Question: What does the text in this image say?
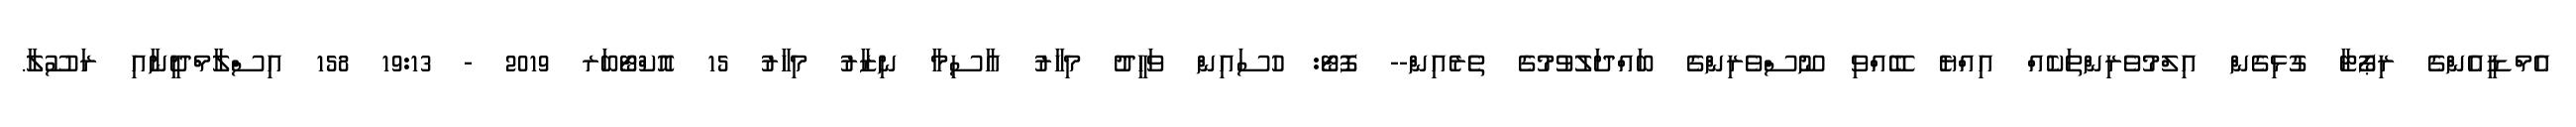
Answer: އެމްޑީއެންގެ ރިޕޯޓާ ގުޅިގެން އިލްމުވެރިންތަކެއް އިއްޔެ ބޭއްވި ނޫސްވެރިންގެ ބައްދަލުވުމުގެ ތެރެއިން-- ފޮޓޯ: ހުސައިން ވަހީދު މިހާރު އާސިމާ ނިޒާރު މިހާރު 15 އޮކްޓޯބަރ 2019 - 19:13 158 އިސްލާމްދީނާއި ރަސޫލާ.